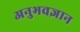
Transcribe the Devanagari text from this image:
अनुभवज्ञान